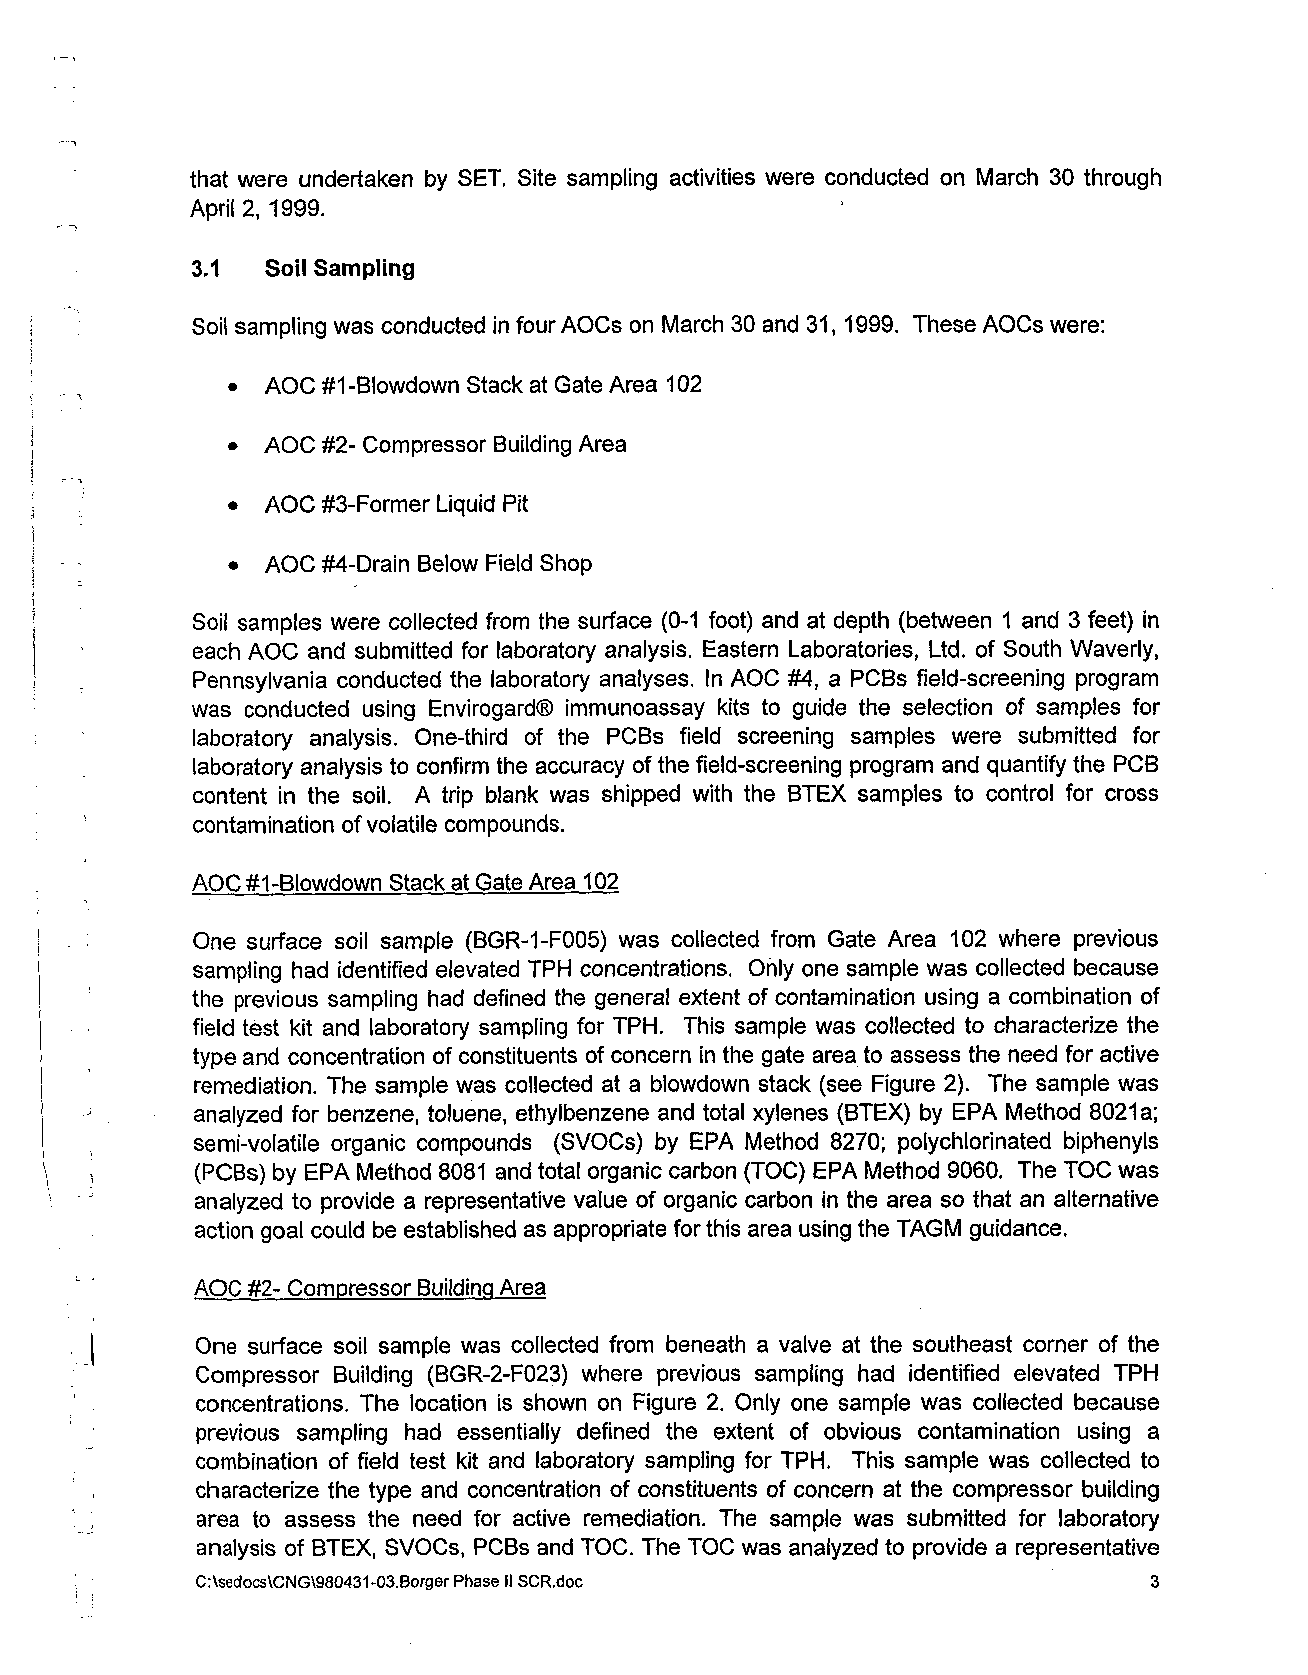
that were undertaken by SET. Site sampling activities were conducted on March 30 through
 April 2, 1999.
 3.1  Soil Sampling
 Soil sampling was conducted in four AOCs on March 30 and 31, 1999. These AOCs were:
 AOC #I- Blowdown Stack at Gate Area 102
 AOC #2- Compressor Building Area
 AOC #3-Former Liquid Pit
 AOC #-Drain Below Field Shop
 Soil samples were collected from the surface (0-1 foot) and at depth (between 1 and 3 feet) in
 each AOC and submitted for laboratory analysis. Eastern Laboratories, Ltd. of South Waverly,
 Pennsylvania conducted the laboratory analyses. In AOC #4, a PCBs field-screening program
 was conducted using Envirogardo immunoassay kits to guide the selection of samples for
 laboratory analysis. One-third of the PCBs field screening samples were submitted for
 laboratory analysis to confirm the accuracy of the field-screening program and quantify the PCB
 content in the soil. A trip blank was shipped with the BTEX samples to control for cross
 contamination of volatile compounds.
 AOC #I-Blowdown Stack at Gate Area 102
 One surface soil sample (BGR-1-F005) was collected from Gate Area 102 where previous
 sampling had identified elevated TPH concentrations. Only one sample was collected because
 the previous sampling had defined the general extent of contamination using a combination of
 field test kit and laboratory sampling for TPH. This sample was collected to characterize the
 type and concentration of constituents of concern in the gate area to assess the need for active
 remediation. The sample was collected at a blowdown stack (see Figure 2). The sample was
 analyzed for benzene, toluene, ethylbenzene and total xylenes (BTEX) by EPA Method 8021a;
 semi-volatile organic compounds (SVOCs) by EPA Method 8270; polychlorinated biphenyls
 (PCBs) by EPA Method 8081 and total organic carbon (TOC) EPA Method 9060. The TOC was
 analyzed to provide a representative value of organic carbon in the area so that an alternative
 action goal could be established as appropriate for this area using the TAGM guidance.
 AOC #2- Compressor Buildinq Area
 One surface soil sample was collected from beneath a valve at the southeast corner of the
 Compressor Building (BGR-2-F023) where previous sampling had identified elevated TPH
 concentrations. The location is shown on Figure 2. Only one sample was collected because
 previous sampling had essentially defined the extent of obvious contamination using a
 combination of field test kit and laboratory sampling for TPH. This sample was collected to
 characterize the type and concentration of constituents of concern at the compressor building
 area to assess the need for active remediation. The sample was submitted for laboratory
 analysis of BTEX, SVOCs, PCBs and TOC. The TOC was analyzed to provide a representative
 C:\sedocs\CNG\980431-03.BorgePrh ase I1 SCR.doc                3